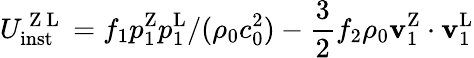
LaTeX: U_{\mathrm{inst}}^{\mathrm{~Z~L~}}=f_{1}p_{1}^{\mathrm{Z}}p_{1}^{\mathrm{L}}/(\rho_{0}c_{0}^{2})-\frac{3}{2}f_{2}\rho_{0}\mathbf{v}_{1}^{\mathrm{Z}}\cdot\mathbf{v}_{1}^{\mathrm{L}}